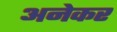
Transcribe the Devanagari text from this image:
अनेकर